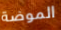
الموضة